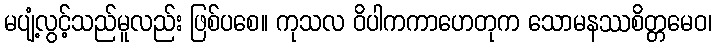
မပျံ့လွင့်သည်မူလည်း ဖြစ်ပစေ။ ကုသလ ဝိပါကကာဟေတုက သောမနဿစိတ္တမေဝ၊